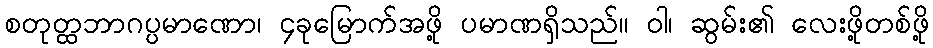
စတုတ္ထဘာဂပ္ပမာဏော၊ ၄ခုမြောက်အဖို့ ပမာဏရှိသည်။ ဝါ၊ ဆွမ်း၏ လေးဖို့တစ်ဖို့